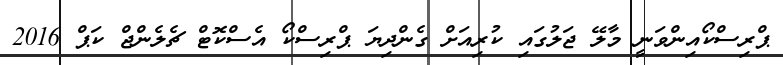
ޕްރިސްކޯއިންވަނީ މާލޭ ޖަލުގައި ކުރިއަށް ގެންދިޔަ ޕްރިސްކޯ އެސްކޮޓް ޗެލެންޖް ކަޕް 2016